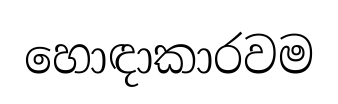
හොඳාකාරවම